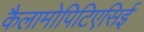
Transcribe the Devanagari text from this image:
कैलामोपिटिएसिई